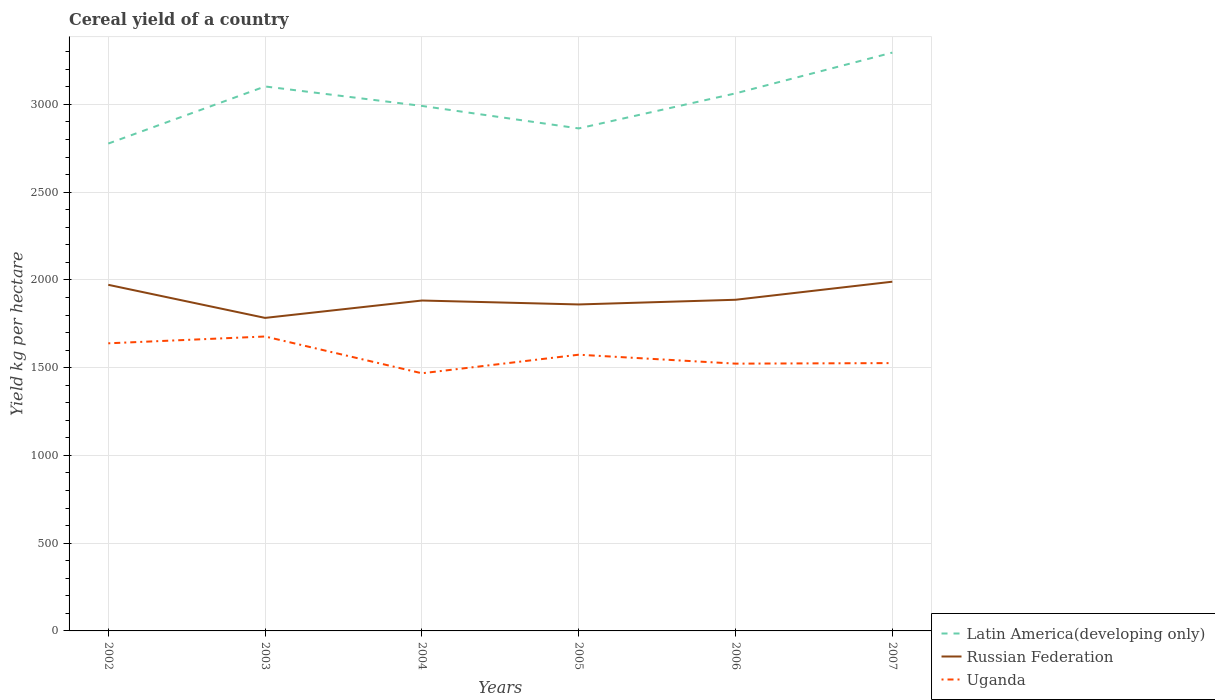
| Years | Latin America(developing only) | Russian Federation | Uganda |
 | --- | --- | --- | --- |
 | 2002 | 2.78e+03 | 1.97e+03 | 1.64e+03 |
 | 2003 | 3.1e+03 | 1.78e+03 | 1.68e+03 |
 | 2004 | 2.99e+03 | 1.88e+03 | 1.47e+03 |
 | 2005 | 2.86e+03 | 1.86e+03 | 1.57e+03 |
 | 2006 | 3.06e+03 | 1.89e+03 | 1.52e+03 |
 | 2007 | 3.3e+03 | 1.99e+03 | 1.53e+03 |